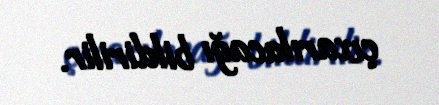
çıxarılacağı bildirilir.